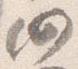
仍